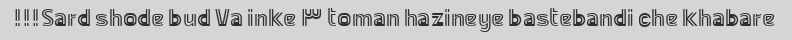
Sard shode bud Va inke ۳ toman hazineye bastebandi che khabare!!!